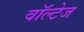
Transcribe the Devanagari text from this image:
वॉल्टेज